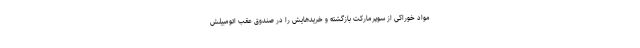
مواد خوراکی از سوپرمارکت بازگشته و خریدهایش را در صندوق عقب اتومبیلش